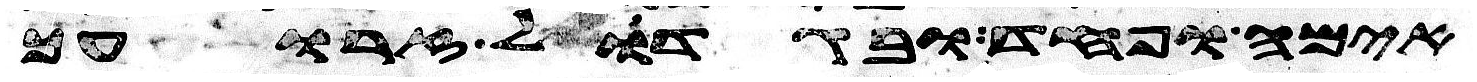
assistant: אימה ופחד ובגדול זרועך